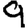
Digit: 9